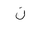
Letter: _non